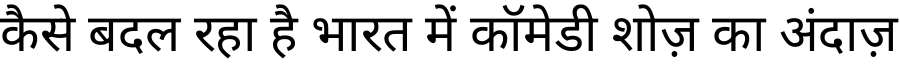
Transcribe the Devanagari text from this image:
कैसे बदल रहा है भारत में कॉमेडी शोज़ का अंदाज़